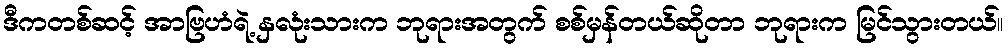
ဒီကတစ်ဆင့် အာဗြဟံရဲ့ နှလုံးသားက ဘုရားအတွက် စစ်မှန်တယ်ဆိုတာ ဘုရားက မြင်သွားတယ်။